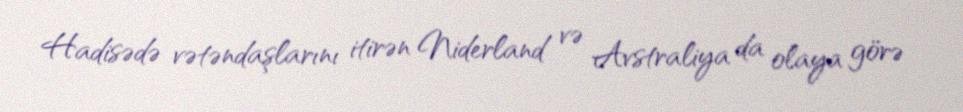
Hadisədə vətəndaşlarını itirən Niderland və Avstraliya da olaya görə